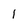
Character: 1